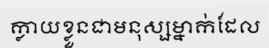
ក្លាយខ្លួនជាមនុស្សម្នាក់ដែល